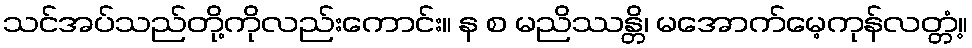
သင်အပ်သည်တို့ကိုလည်းကောင်း။ န စ မညိဿန္တိ၊ မအောက်မေ့ကုန်လတ္တံ့။